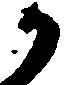
か